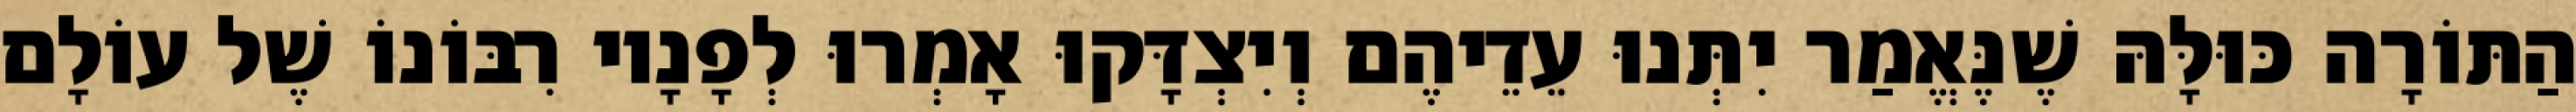
הַתּוֹרָה כּוּלָּהּ שֶׁנֶּאֱמַר יִתְּנוּ עֵדֵיהֶם וְיִצְדָּקוּ אָמְרוּ לְפָנָיו רִבּוֹנוֹ שֶׁל עוֹלָם